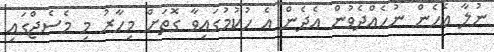
ނުލާ އެހެން ނުހެއްދެވުން އެދެން އެ ހުކުމުގައިވާ ގޮތަށް މިހާރު މި މެސެޖްގައި